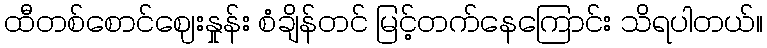
ထီတစ်စောင်ဈေးနှုန်း စံချိန်တင် မြင့်တက်နေကြောင်း သိရပါတယ်။